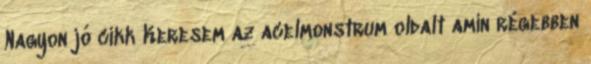
Nagyon jó cikk Keresem az acelmonstrum oldalt amin régebben